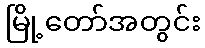
မြို့တော်အတွင်း